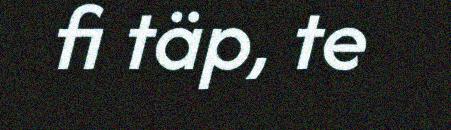
fi täp, te